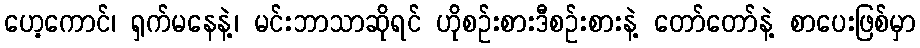
ဟေ့ကောင်၊ ရှက်မနေနဲ့၊ မင်းဘာသာဆိုရင် ဟိုစဉ်းစားဒီစဉ်းစားနဲ့ တော်တော်နဲ့ စာပေးဖြစ်မှာ